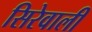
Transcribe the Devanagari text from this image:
सिरेवाली